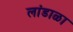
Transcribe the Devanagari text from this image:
लांडाळा